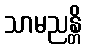
သာမညန္တိ